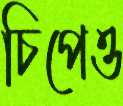
চিপেও